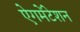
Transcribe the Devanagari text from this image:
ऐगमेंटेशन